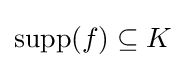
\operatorname {supp} (f)\subseteq K